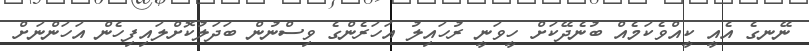
ނޭނގެ އެއީ ކީއްވެކަމެއް ބުނެދޭކަށް ހީވަނީ ރުހައިލު އަހަރެންގެ ވިސްނުން ބަދަލުކޮށްލައިފިހެން އަހަންނަށް